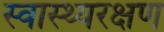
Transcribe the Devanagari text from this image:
स्वास्थ्यरक्षण